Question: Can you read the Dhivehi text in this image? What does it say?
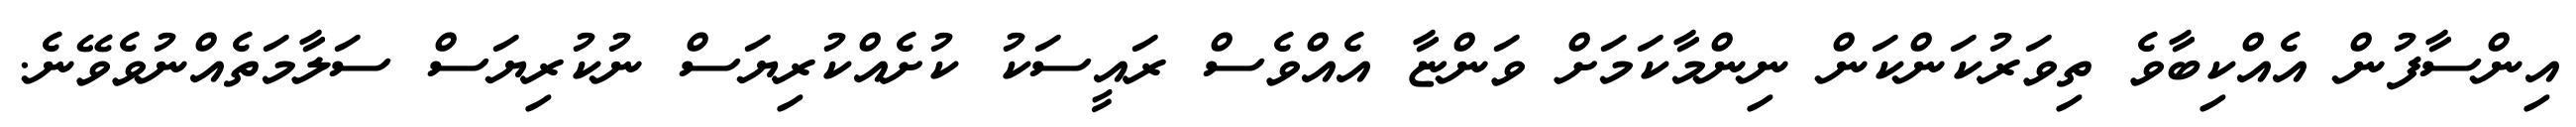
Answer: އިންސާފުން އެއްކިބާވެ ތިވަރުކަންކަން ނިންމާކަމަށް ވަންޏާ އެއްވެސް ރައީސަކު ކުށެއްކުރިޔަސް ނުކުރިޔަސް ސަލާމަތެއްނުވެވޭނެ.